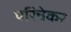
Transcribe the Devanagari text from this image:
परिंचेकर